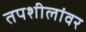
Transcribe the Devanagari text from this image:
तपशीलांवर